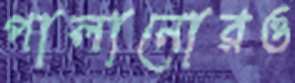
পালানোরও